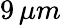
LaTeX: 9\, \mu m